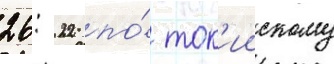
26: 22 по́ ток'иискому